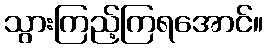
သွားကြည့်ကြရအောင်။